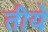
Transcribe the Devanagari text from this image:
तीये